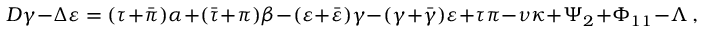
D \gamma - \Delta \varepsilon = ( \tau + { \bar { \pi } } ) \alpha + ( { \bar { \tau } } + \pi ) \beta - ( \varepsilon + { \bar { \varepsilon } } ) \gamma - ( \gamma + { \bar { \gamma } } ) \varepsilon + \tau \pi - \nu \kappa + \Psi _ { 2 } + \Phi _ { 1 1 } - \Lambda \, ,